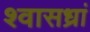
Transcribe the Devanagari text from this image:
श्वासध्रां